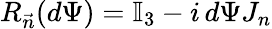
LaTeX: R_{\vec{n}}(d\Psi)=\mathbb{I}_{3}-i\, d\Psi J_{n}